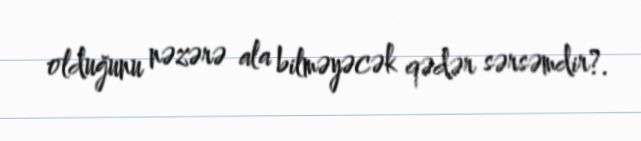
olduğunu nəzərə ala bilməyəcək qədər sərsəmdir?.